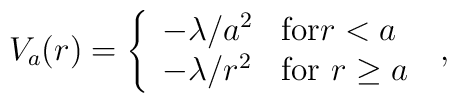
V_{a}(r) = \left\{ \begin{array} {ll} - \lambda/a^{2}  &  \mbox{for$r<a$} \\ -\lambda/r^{2}  &  \mbox{for $r\geq a$}\end{array}\right.\;  ,